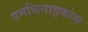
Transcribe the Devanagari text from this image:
पनथिनाइकोस